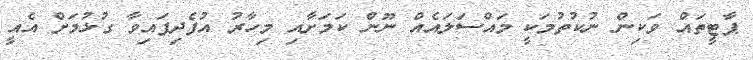
ޕާޓީތައް ވަކިން ނުކުތުމަކީ މައްސަލައެއް ނޫން ކަމަށާއި މިހާރު އުފެދިފައިވާ ގުޅުމަށް އެއީ